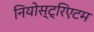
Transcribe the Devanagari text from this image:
नियोस्ट्रिएटम